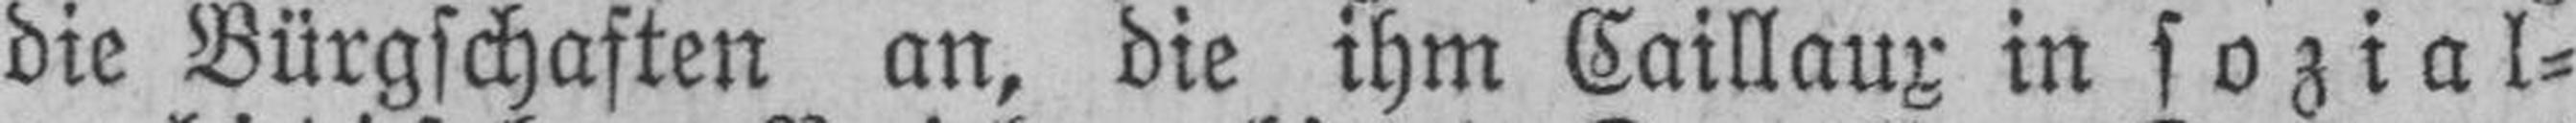
die Bürgschaften an, die ihm Caillaux in sozial¬